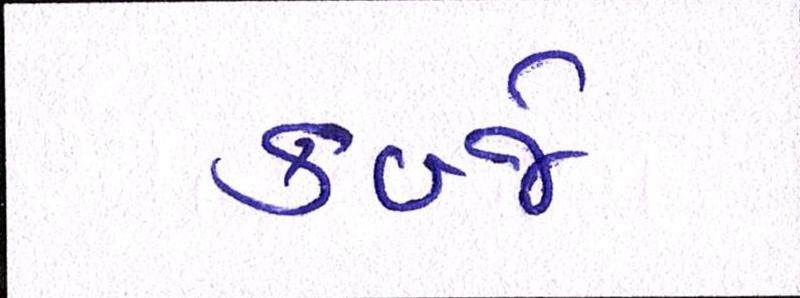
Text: કબ્જે